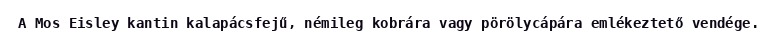
A Mos Eisley kantin kalapácsfejű, némileg kobrára vagy pörölycápára emlékeztető vendége.